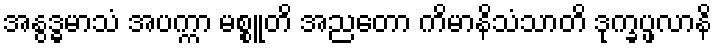
အနွဒ္ဓမာသံ အပက္ကာ မစ္စူတိ အညတော ကိမာနိသံသာတိ ဒုက္ခပ္ဖလာနိ